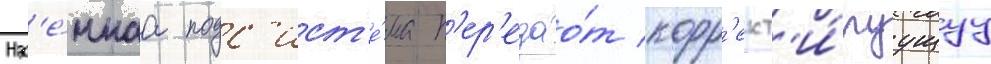
Наз'е́мнаа подс'ист'е́ма п'ер'едао́т корр'ект'и́руущуу